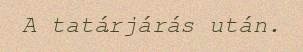
A tatárjárás után.